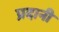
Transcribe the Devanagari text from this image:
प्रदानी